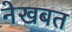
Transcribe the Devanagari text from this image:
नेखबत